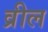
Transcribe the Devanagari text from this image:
व्रील